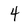
Character: 4